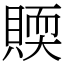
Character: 䞂